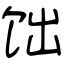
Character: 饳